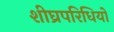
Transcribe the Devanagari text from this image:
शीघ्रपरिधियों